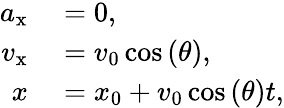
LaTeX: \begin{array}{rl}{a_{\mathrm{x}}}&{{}=0,}\\ {v_{\mathrm{x}}}&{{}=v_{0}\cos\left(\theta\right),}\\ {x}&{{}=x_{0}+v_{0}\cos\left(\theta\right)t,}\end{array}